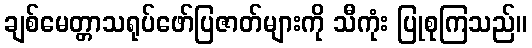
ချစ်မေတ္တာသရုပ်ဖော်ပြဇာတ်များကို သီကုံး ပြုစုကြသည်။